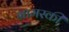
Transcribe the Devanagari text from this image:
ग्रामस्की